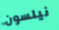
نيلسون